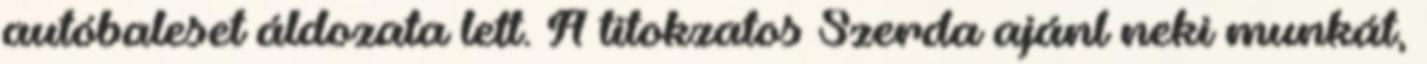
autóbaleset áldozata lett. A titokzatos Szerda ajánl neki munkát,